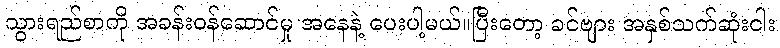
သွားရည်စာကို အခန်းဝန်ဆောင်မှု အနေနဲ့ ပေးပါ့မယ်။ပြီးတော့ ခင်ဗျား အနှစ်သက်ဆုံးငါး